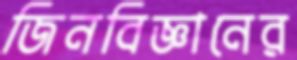
জিনবিজ্ঞানের